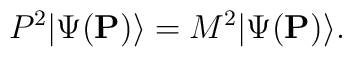
P^2|\Psi({\bf P}) \rangle =M^2|\Psi({\bf P}) \rangle.